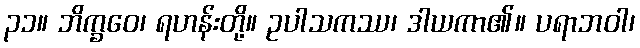
၃၁။ ဘိက္ခဝေ၊ ရဟန်းတို့။ ဥပါသကဿ၊ ဒါယကာ၏။ ပရာဘဝါ၊